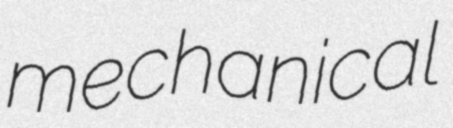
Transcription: mechanical